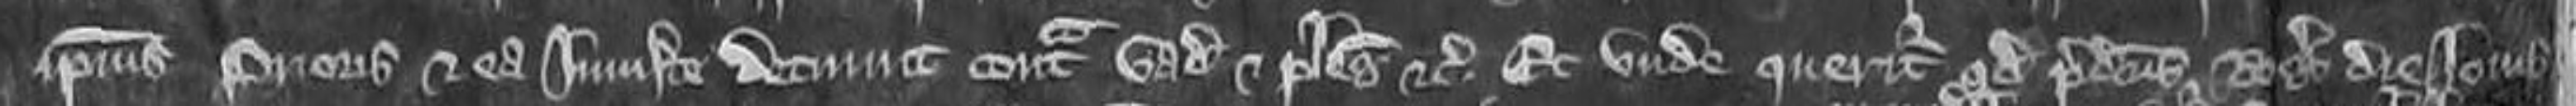
ipsius Prioris et ea injuste detinuit contra vadium et plegios etc. Et unde queritur quod predictus Rogerus die jovis